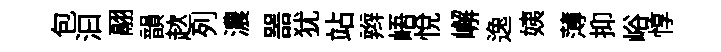
包汩翮韻趑列濃噐犹站辫峿悅嶰逸姨薄抑峪惇